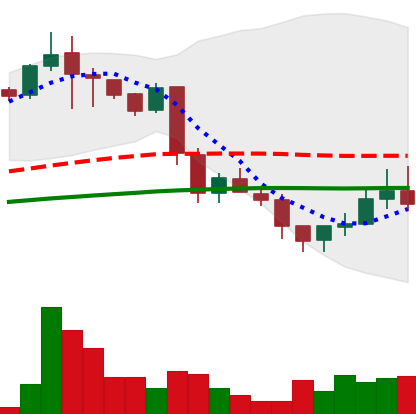
Ticker: LINK-USD
Chart end date: 2018-11-30
Forward return: -20.366%
Label: down_7plus